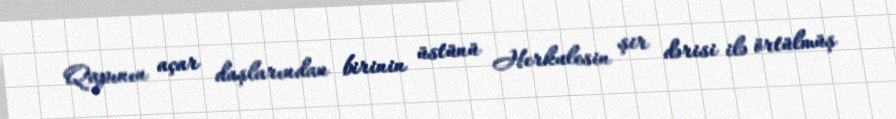
Qapının açar daşlarından birinin üstünü Herkulesin şir dərisi ilə örtülmüş